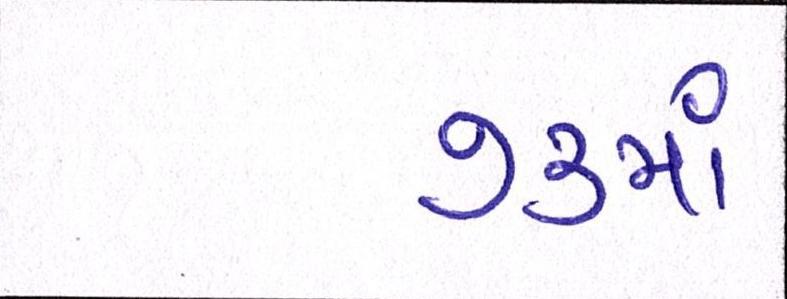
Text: ૭૩માં